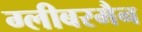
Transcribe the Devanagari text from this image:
ग्लीबरमैन